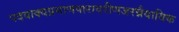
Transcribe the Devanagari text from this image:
पदवाक्यप्रमाणपारावरीणजरन्नैयायिक